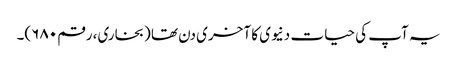
یہ آپ کی حیات دنیوی کا آخری دن تھا (بخاری، رقم ۶۸۰)۔